Annual report on the working of the lock hospitals in the North-Western Provinces and Oudh
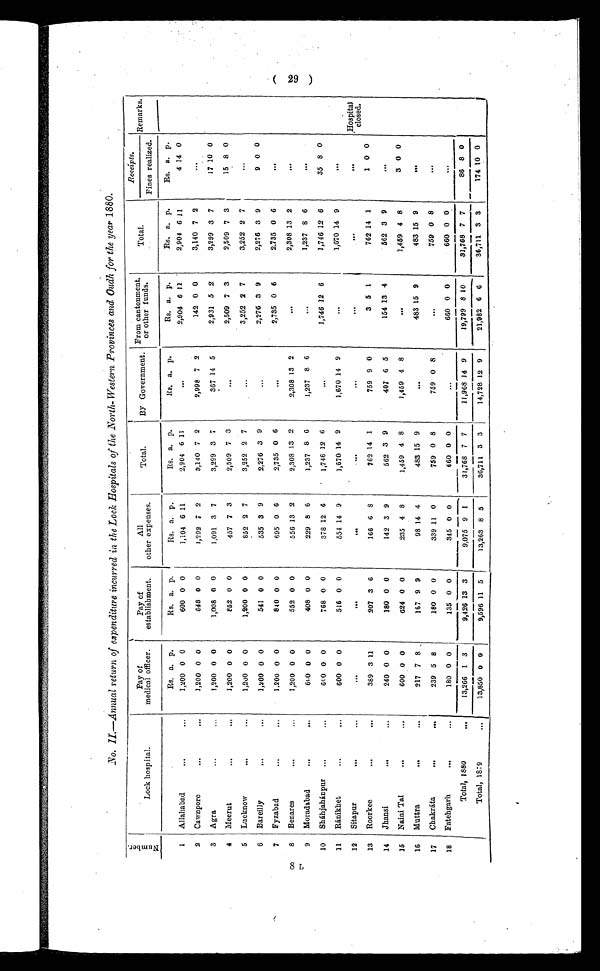
8L
No. II.-Annual return of expenditure incurred in the Lock Hospitals of the North-Western Provinces and Oudh for the year 1880.
N u m b e r .
Lock hospital.
Pay of
medical officer.
P a y
o f
establishment.
A l l
other expenses.
Total.
By Government.
From cantonment.
or other funds.
Total.
Receipts.
Remarks.
Fines realized.
1
Allahabad
...
...
Rs. a. p.
Rs. a. p.
Rs. a. p.
Rs. a. p.
Rs. a. p.
Rs. a. p.
Rs. a. p.
Rs. a. p.
Hospital
closed.
1,200
0 0
600 0 0
1,104 6 11
2,904 6 11
. . .
2,904 6 11
2,904 6 11
4 14 0
2
Cawnpore
...
...
1,200 0 0
648 0 0
1,292 7 2
3,140 7 2
2,998 7 2
142 0 0
3,140 7 2
. . .
3
Agra
...
... 1,200
0 0
1,008 0 0
1,091 3 7
3,299 3 7
367 14 5
2,931 5 2
3,299 3 7
17 10 0
4
Meerut
...
...
1,200 0 0
852 0 0
457 7 3
2,509 7 3
. . .
2,509 7 3
2,509 7 3
15 8 0
5
Lucknow
...
...
1,200 0 0
1,200 0 0
852 2 7
3,252 2 7
...
3,252 2 7
3,252 2 7
. . .
6
Bareilly
... ...
1,200 0 0
541 0 0
535 3 9
2,276 3 9
...
2,276 3 9
2,276 3 9
9 0 0
7
Fyzabad
...
...
1.200 0 0
840 0 0
695 0 6
2,735 0 6
. . .
2,735 0 6
2,735 0 6
. . .
8
Benares
...
...
1,200 0 0
552 0 0
556 13 2
2,308 13 2
2,308 13 2
...
2,308 13 2
. . .
9
Moradabad
...
...
600 0 0
408 0 0
229 8 6
1,237 8 6
1,237 8 6
. . .
1,237 8 6
. . .
10
Sháhjahánpur ...
..
600 0 0
768 0 0
378 12 6
1,746 12 6
. . .
1,77746 12 6
1,746 12 6
35 8 0
11
Ránikhet
...
...
600 0 0
516 0 0
554 14 9
1,670 14 9
1,670 14 9
. . .
1,670 14 9
. . .
12
Sitapur
... ...
. . .
. . .
. . . . . .
. . .
. . .
. . .
. . .
13
Roorkee
...
...
389 3 11
207 3 6
166 6 8
762 14 1
759 9 0
3 5 1
762 14 1
1 0 0
14
Jhánsi
...
...
240 0 0
180 0 0
142 3 9
562 3 9
407 6 5
154 13 4
562 3 9
...
15
Naini Tal
...
...
600 0 0
624 0 0
235 4 8
1,459 4 8
1,459 4 8
. . .
1,459 4 8
3 0 0
16
Muttra
..
...
217 7 8
167 9 9
98 14 4
483 15 9
. . .
483 15 9
483 15 9
. . .
17
Chakráta
...
...
239 5 8
180 0 0
339 11 0
759 0 8
759 0 8
...
759 0 8
. . .
18
Fatehgarh
...
...
180 0 0
135 0 0
345 0 0
660 0 0
...
660 0 0
660 0 0
. . .
Total, 1880
...
13,266 1 3
9,426 13 3
9,075
9 1
31,768 7 7
11,968 14 9
19,799 8 10
31,768 7 7
86 8 0
Total, 1879
...
13,850 0 0
9,596 11 5
13,263 8 5
36,711 3 3
14,728 12 9
21,982 6 6
36,711 3 3
174 10 0
2 9